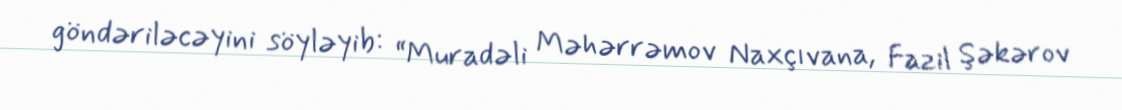
göndəriləcəyini söyləyib: “Muradəli Məhərrəmov Naxçıvana, Fazil Şəkərov